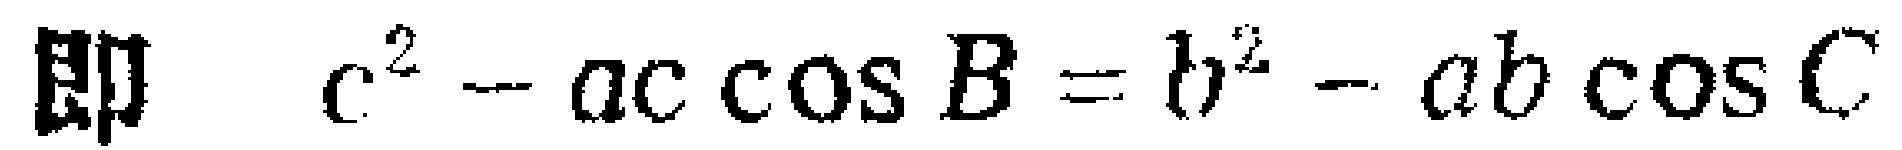
即 \(c^{2}-ac\cos B = b^{2}-ab\cos C\)